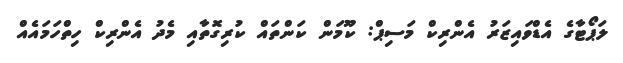
ލަޕޯޓާގެ އެޑްވައިޒަރު އެންރިކް މަސިޕް: ކޫމަން ކަންތައް ކުރިގޮތާއި މެދު އެންރިކް ހިތްހަމައެއް